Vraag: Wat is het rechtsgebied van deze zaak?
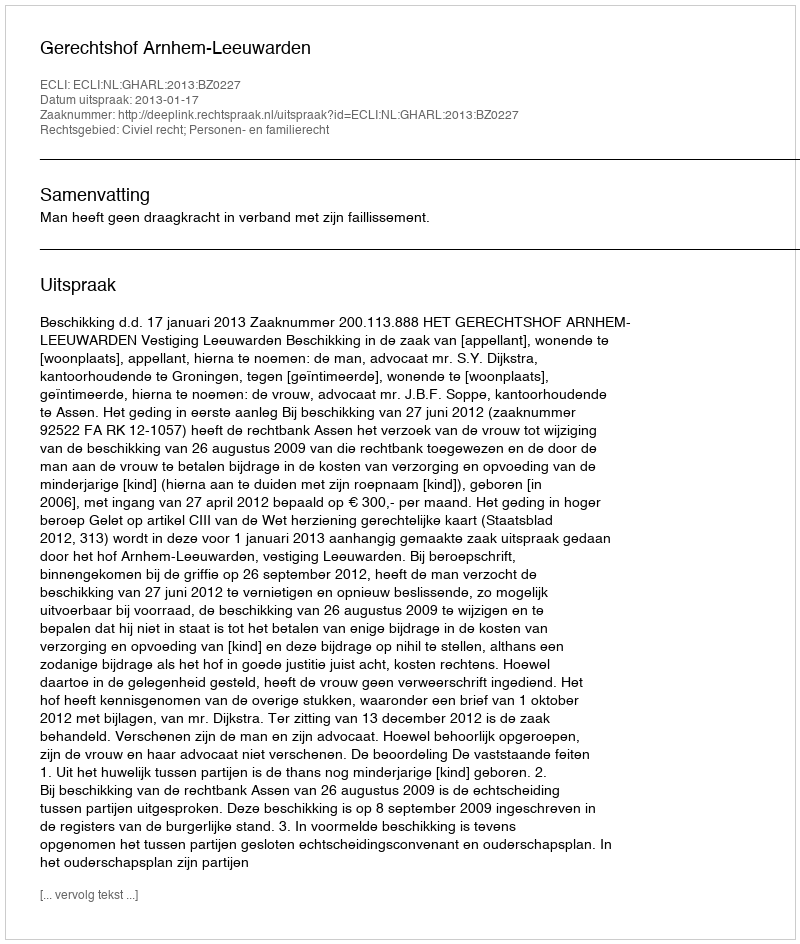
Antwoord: Civiel recht; Personen- en familierecht